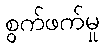
စွက်ဖက်မှု